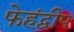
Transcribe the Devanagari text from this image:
फेहंद्वीप